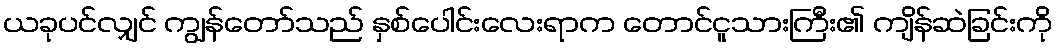
ယခုပင်လျှင် ကျွန်တော်သည် နှစ်ပေါင်းလေးရာက တောင်ငူသားကြီး၏ ကျိန်ဆဲခြင်းကို